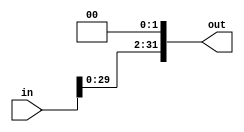
module sll2(
	input wire [31:0] 	in,
	output wire [31:0] 	out
	);

	assign out = {in[29:0], 2'b00};
endmodule